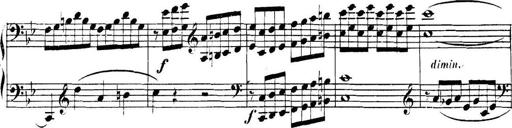
Title: Collected Piano Sonatas
Composer: Muzio Clementi